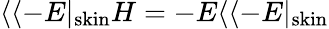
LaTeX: \langle\langle-E|_{\mathrm{skin}}H=-E\langle\langle-E|_{\mathrm{skin}}